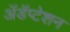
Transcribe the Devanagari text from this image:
अॅडॅप्टेशन